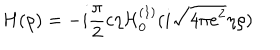
H ( \rho ) = - i \frac { \pi } { 2 } c \eta { \cal H } _ { 0 } ^ { ( 1 ) } ( i \sqrt { 4 \pi e ^ { 2 } } \eta \rho )